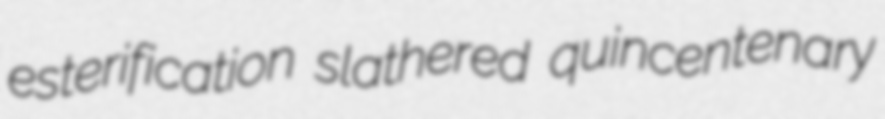
esterification slathered quincentenary